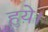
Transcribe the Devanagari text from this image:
हुय़े।